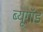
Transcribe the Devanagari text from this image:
ब्यूगॉड